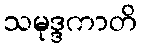
သမုဒ္ဒကာတိ